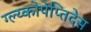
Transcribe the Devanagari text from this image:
ग्ल्य्कोपेप्तिदेस